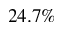
2 4 . 7 \%